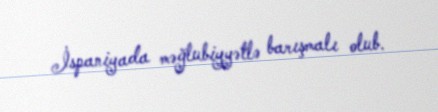
İspaniyada məğlubiyyətlə barışmalı olub.